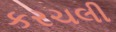
કરચલી